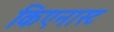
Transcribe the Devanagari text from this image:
किएनास्ट